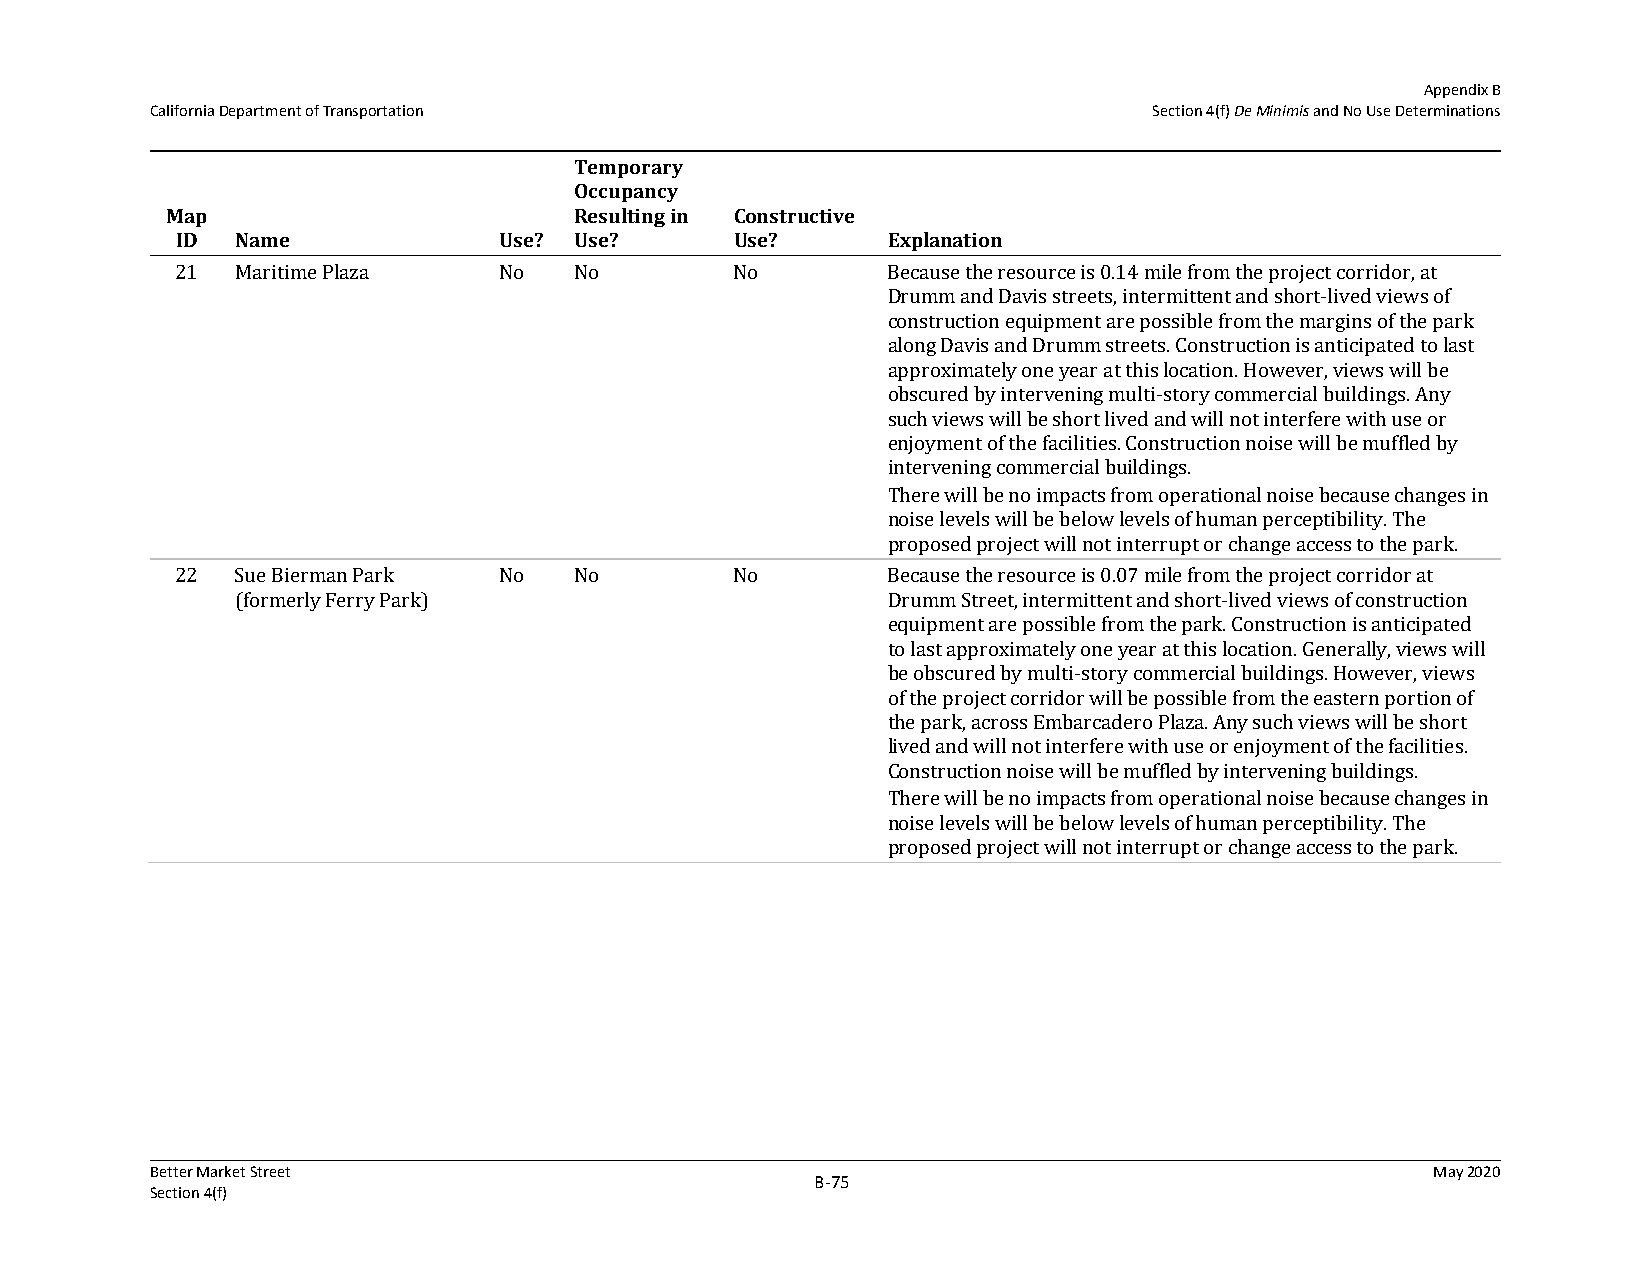
Appendix B
 California Department of Transportation                           Section 4(f) De Minimis and No Use Determinations
 Temporary
 Occupancy
 Map                        Resulting in Constructive
 ID  Name             Use? Use?       Use?      Explanation
 21  Maritime Plaza   No   No         No        Because the resource is 0.14 mile from the project corridor, at
 Drumm and Davis streets, intermittent and short-lived views of
 construction equipment are possible from the margins of the park
 along Davis and Drumm streets. Construction is anticipated to last
 approximately one year at this location. However, views will be
 obscured by intervening multi-story commercial buildings. Any
 such views will be short lived and will not interfere with use or
 enjoyment of the facilities. Construction noise will be muffled by
 intervening commercial buildings.
 There will be no impacts from operational noise because changes in
 noise levels will be below levels of human perceptibility. The
 proposed project will not interrupt or change access to the park.
 22  Sue Bierman Park No   No         No        Because the resource is 0.07 mile from the project corridor at
 (formerly Ferry Park)                      Drumm Street, intermittent and short-lived views of construction
 equipment are possible from the park. Construction is anticipated
 to last approximately one year at this location. Generally, views will
 be obscured by multi-story commercial buildings. However, views
 of the project corridor will be possible from the eastern portion of
 the park, across Embarcadero Plaza. Any such views will be short
 lived and will not interfere with use or enjoyment of the facilities.
 Construction noise will be muffled by intervening buildings.
 There will be no impacts from operational noise because changes in
 noise levels will be below levels of human perceptibility. The
 proposed project will not interrupt or change access to the park.
 Better Market Street                                                                 May 2020
 B‐75
 Section 4(f)